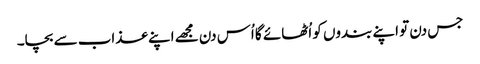
جس دن تو اپنے بندوں کو اُٹھائے گا اُس دن مجھے اپنے عذاب سے بچا۔